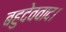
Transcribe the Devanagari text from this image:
बहुदेववाद।